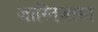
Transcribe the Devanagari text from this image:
जास्तिजास्त